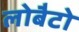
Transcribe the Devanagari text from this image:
लोबैटो